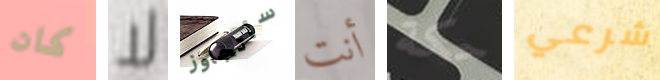
كان لا سأتجاوز أنت حكة شرعي